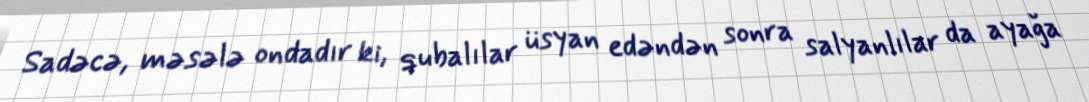
Sadəcə, məsələ ondadır ki, qubalılar üsyan edəndən sonra salyanlılar da ayağa